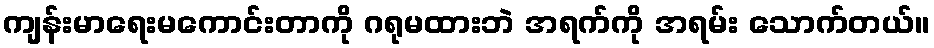
ကျန်းမာရေးမကောင်းတာကို ဂရုမထားဘဲ အရက်ကို အရမ်း သောက်တယ်။